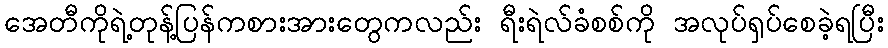
အေတီကိုရဲ့တုန့်ပြန်ကစားအားတွေကလည်း ရီးရဲလ်ခံစစ်ကို အလုပ်ရှပ်စေခဲ့ရပြီး